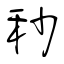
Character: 秒